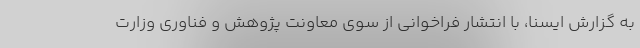
به گزارش ایسنا، با انتشار فراخوانی از سوی معاونت پژوهش و فناوری وزارت